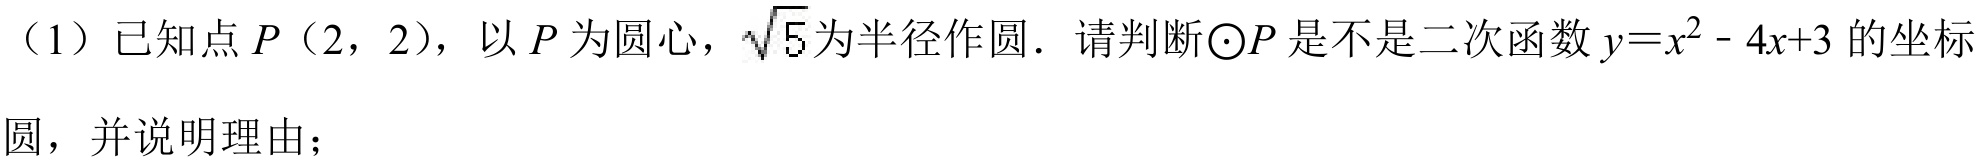
（1）已知点\(P(2,2)\)，以\(P\)为圆心，\(\sqrt{5}\)为半径作圆．请判断\(\odot P\)是不是二次函数\(y = x^{2}-4x + 3\)的坐标
圆，并说明理由；